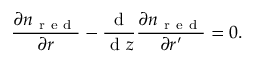
\frac { \partial n _ { \mathrm { ~ r ~ e ~ d ~ } } } { \partial \boldsymbol { r } } - \frac { \mathrm { ~ d ~ } } { \mathrm { ~ d ~ } z } \frac { \partial n _ { \mathrm { ~ r ~ e ~ d ~ } } } { \partial \boldsymbol { r ^ { \prime } } } = 0 .